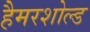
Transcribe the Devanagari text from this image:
हैमरशोल्ड